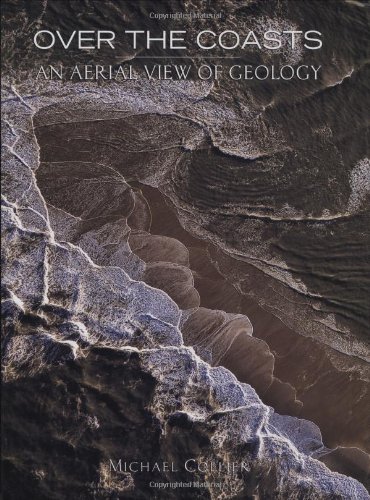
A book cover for Over the Coasts: An Aerial View of Geology; Michael Collier; Arts & Photography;